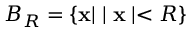
B _ { R } = \left\{ { \bf x } | \mid { \bf x } \mid < R \right\}